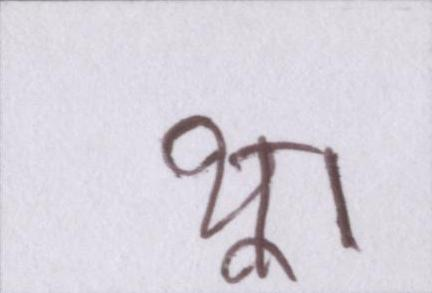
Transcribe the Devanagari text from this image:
थू।